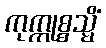
ကုက္ကုစ္စသ္မိံ